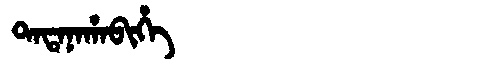
Manchu: ᡨᠠᡨᠠᠨᠠᡥᠠᠪᡳᡥᡝ
Romanization: TATANAHABIHE